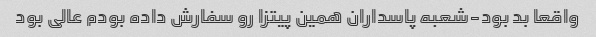
واقعا بد بود-شعبه پاسداران همین پیتزا رو سفارش داده بودم عالی بود